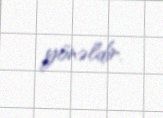
yönəldir.